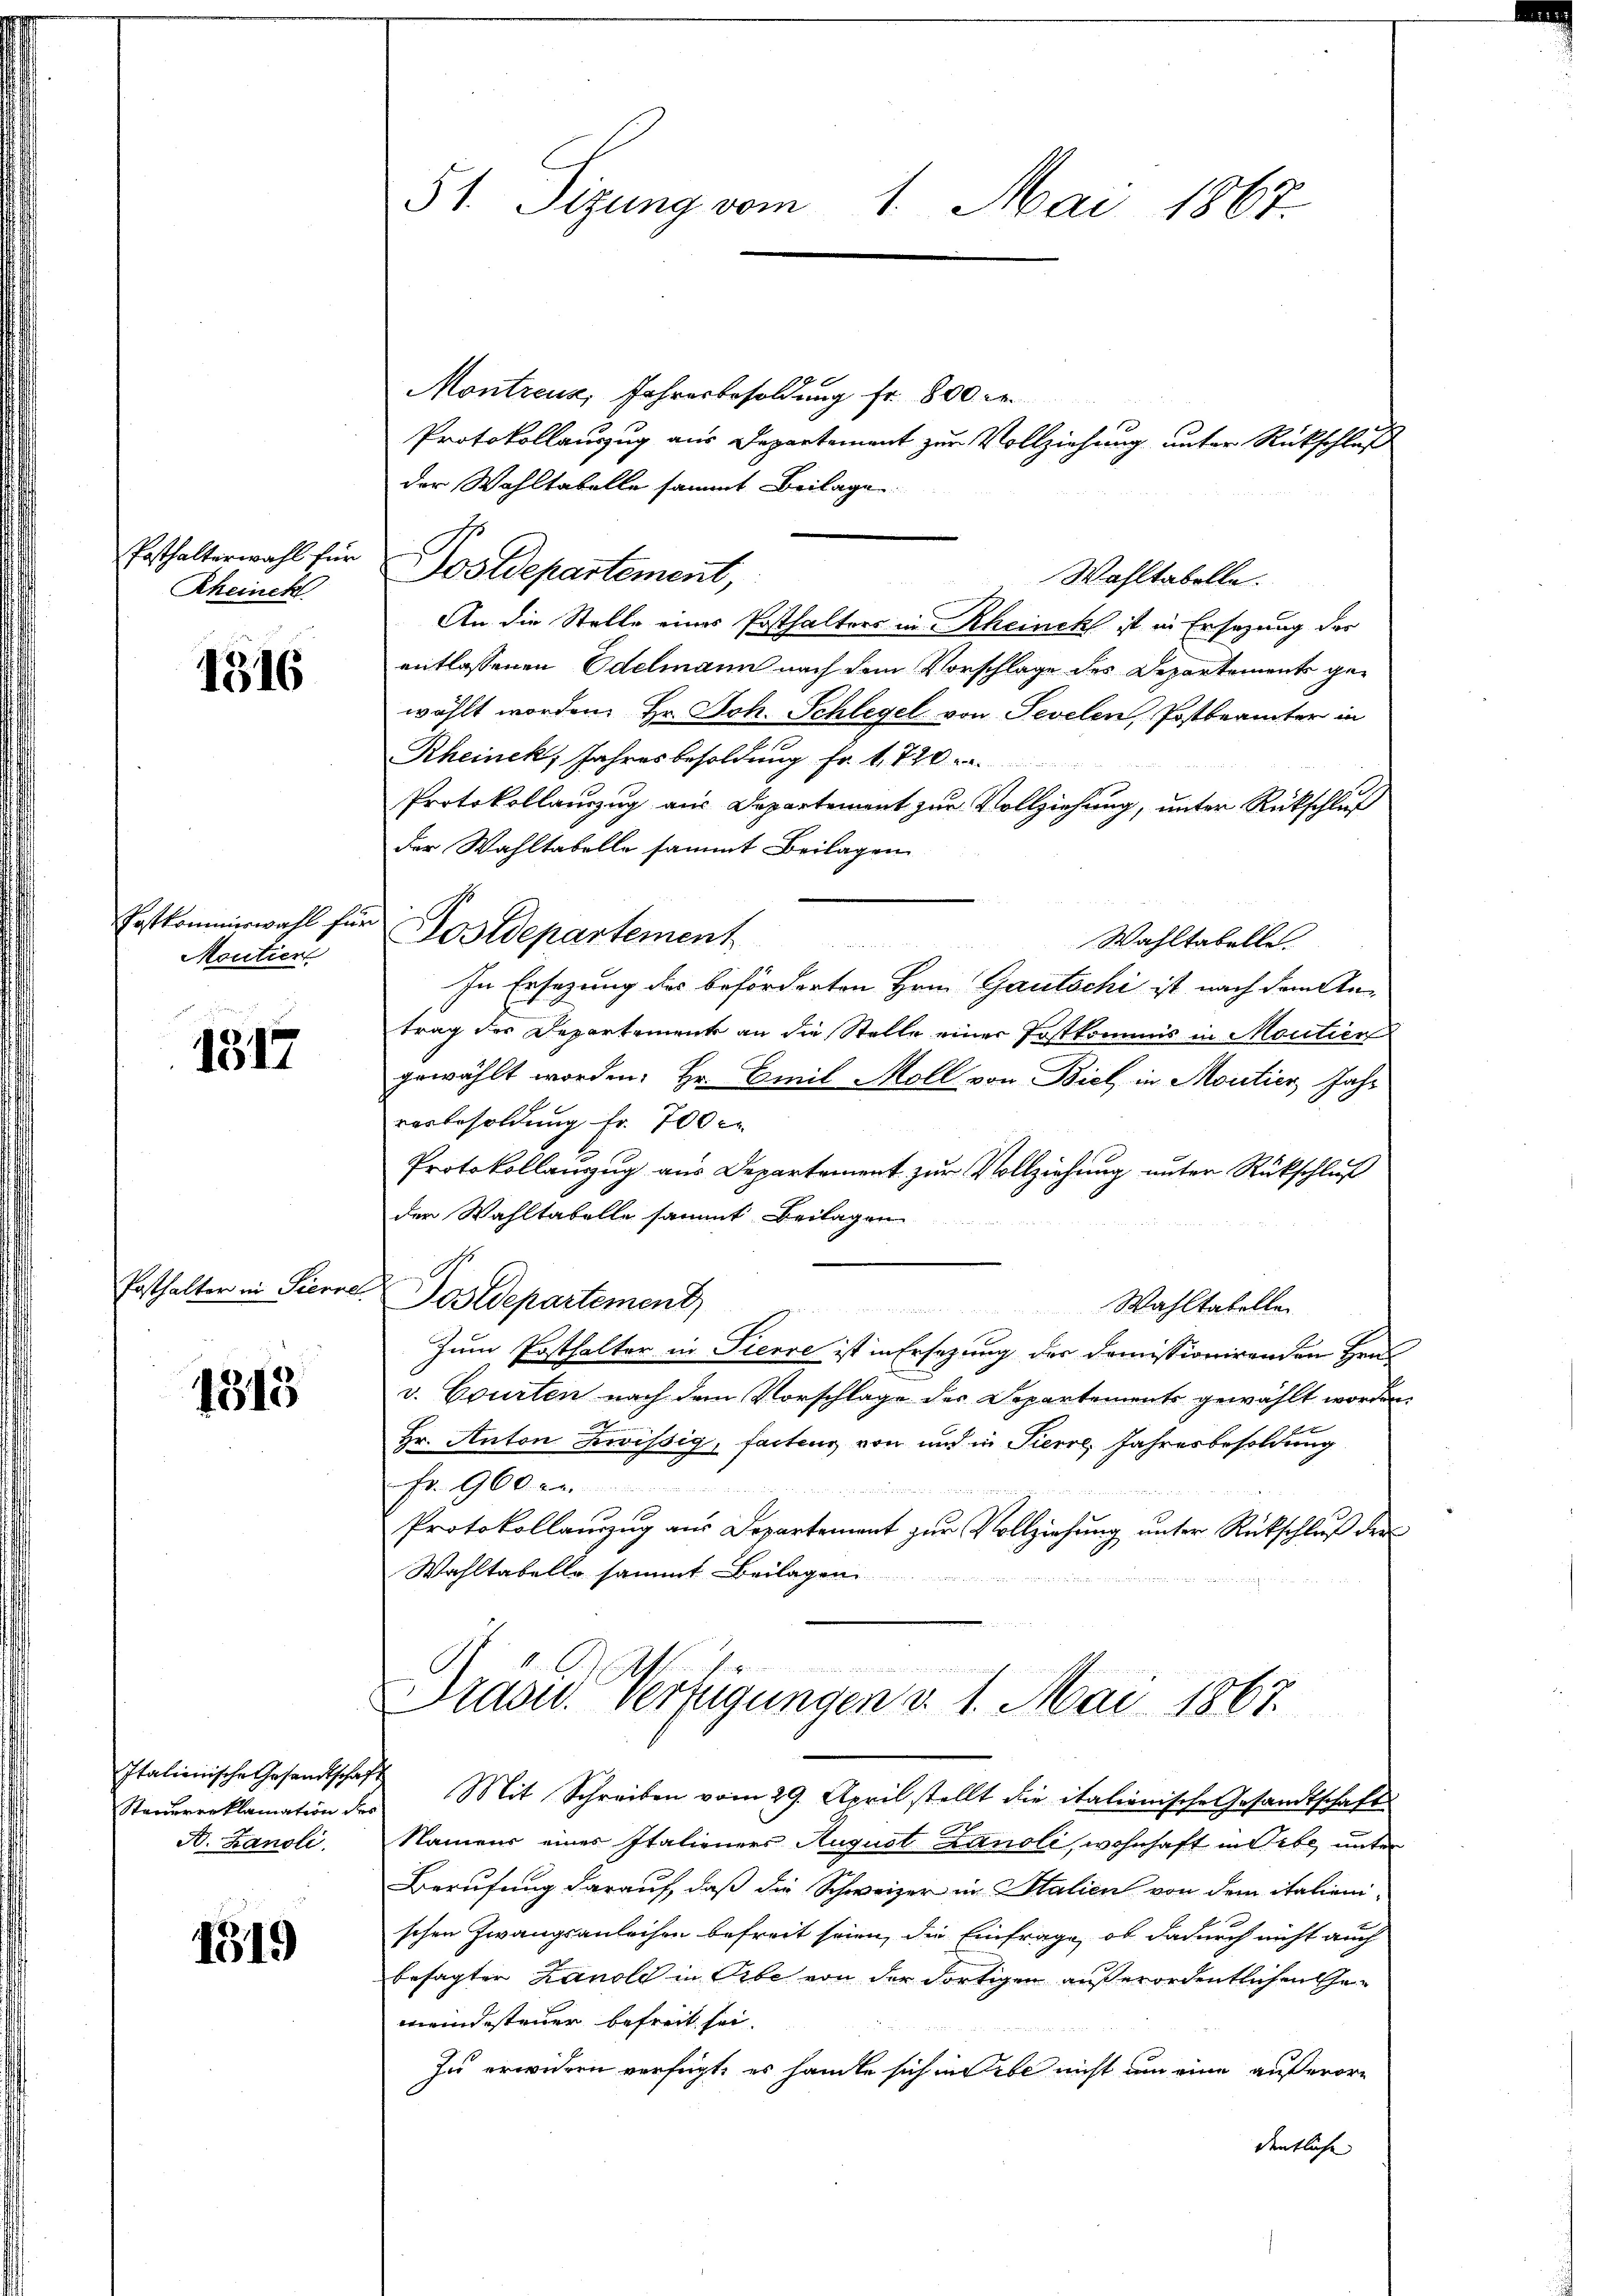
Posthalterwahl für
Rheinck

1516

Postkommiswahl für
Moutier

1317

Posthalter in Pierre

1313

Italienische Gesandtschaf
Steuererklamation der
A. Kanoli.

1319

51. Sizung vom 1. Mai 1867.

Montreuz, Jahresbesoldung fr. 800 Fr.
Protokollauszug aus Departement zur Vollziehung unter Rückschluß
der Wahltabelle sammt Beilage.
Postdepartement,
Wahltabelle.
An die Stelle eines Posthalters in Rheinek ist in Ersatzung der
entlassenen Edelmann nach dem Vorschlage des Departements gewählt worden. Hr. Joh. Schlegel von Sevelen, Postbeamter in
Rheinek, Jahresbesoldung Fr. 1720.
Protokollauszug aus Departement zur Vollziehung, unter Rückschluß
der Wahltabelle sammt Beilagen
Postdepartement
Wahltabelle
 2 M
In Ersezung des beförderten Hrn. Gautschi ist nach dem An-
trag des Departement an die Stelle einer Postkommis in Moutien
gewählt worden. Hr. Emil Moll von Biel, in Moutier Jahr
vorbesoldung Fr. 700 r
Protokollanzug aus Departement zur Vollziehung unter Rückschluß
der Wahltabelle sammt Beilagen
 2
f
ostdepartement
Wahltabelle

Zum Posthalter in Pierre ist in Ersezung der Domissionirenden Hrn.
v. Courten nach dem Vorschlage der Departements gewählt worden.
Hr. Anton Zwissig, tactens von und in Pierre Jahresbesoldung
Fr. 900 n 1
Protokollauszug aus Departement zur Vollziehung unter Rückschluß der
Wahltabelle sammt Beilagen

Prasid. Verfügungen v. 1. Mai 1867.
 Mit Schreiben vom 29. April stellt die italienische Gesandtschaft
Namens eines Italieners August Lanoli, wohnhaft in Gebe unter
Berufung darauf, daß die Schweizer in Stalien von dem italienischen Zwangsanleihen befreit seien, die Einfrage, ob dadurch nicht auch
besagten Zanold in Erbe von der dortigen außerordentlichen Gemeindesteuer befreit sei.
In erwidern verfügt, es handte sich indebe nicht um eine außeror
dentliche |